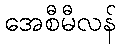
အေစီမီလန်